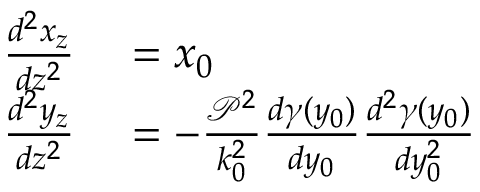
\begin{array} { r l } { \frac { d ^ { 2 } x _ { z } } { d z ^ { 2 } } } & { { } = x _ { 0 } } \\ { \frac { d ^ { 2 } y _ { z } } { d z ^ { 2 } } } & { { } = - \frac { \mathcal { P } ^ { 2 } } { k _ { 0 } ^ { 2 } } \frac { d \gamma ( y _ { 0 } ) } { d y _ { 0 } } \frac { d ^ { 2 } \gamma ( y _ { 0 } ) } { d y _ { 0 } ^ { 2 } } } \end{array}